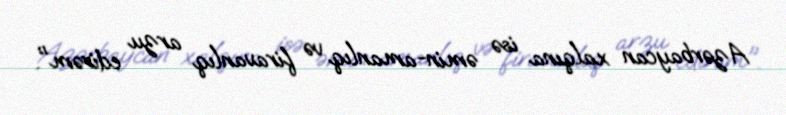
Azərbaycan xalqına isə əmin-amanlıq və firavanlıq arzu edirəm".